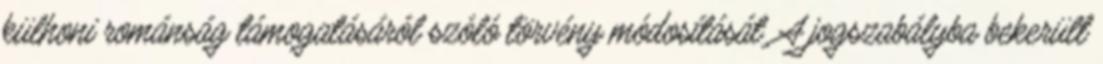
külhoni románság támogatásáról szóló törvény módosítását. A jogszabályba bekerült